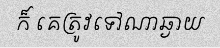
ក៏ គេត្រូវទៅណាឆ្ងាយ